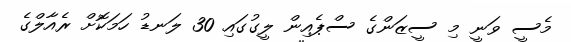
މެސީ ވަނީ މި ސީޒަންގެ ސްޕެއިން ލީގުގައި 30 ލަނޑު ހަމަކޮށް ރެއާލްގެ